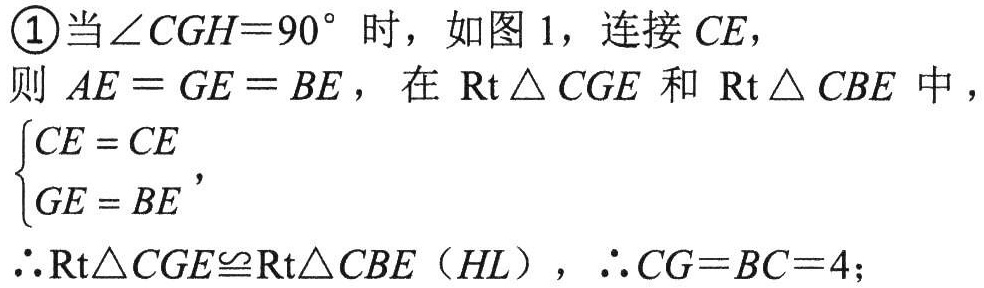
\textcircled{1}当$\angle CGH = 90^{\circ}$时，如图 1，连接$CE$，
则$AE = GE = BE$，在$\text{Rt}\triangle CGE$和$\text{Rt}\triangle CBE$中，
$\begin{cases}CE = CE\\GE = BE\end{cases}$，
$\therefore\text{Rt}\triangle CGE\cong\text{Rt}\triangle CBE(HL)$，$\therefore CG = BC = 4$；